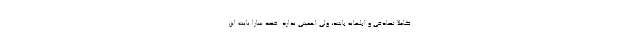
کاملاً تصادفی و ابلهانه باشد، ولی اهمیتی ندارد. قصد سارا نایت این